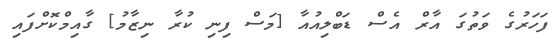
ފަހަރުގެ ވަތުގަ އާރް އެސް ޑަބްލިއުއާ [މަސް ފިނި ކުރާ ނިޒާމު] ގާއިމްކޮށްފައި